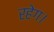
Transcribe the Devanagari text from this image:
रहेग।